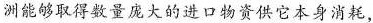
洲能够取得数量庞大的进口物资供它本身消耗，